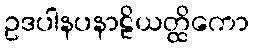
ဥဒပါနပနာဠိယတ္ထိကော